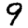
Digit: 9